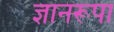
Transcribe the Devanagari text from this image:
ज्ञानरूपा